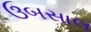
ઉબસાલ